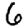
Digit: 6